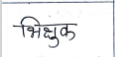
मजकूर: भिक्षुक